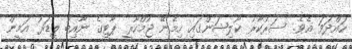
ހައްދަވަ އެވެ. ސަރުކާރު ކޯލިޝަންގައި ހިމެނޭ ޖުމްހޫރީ ޕާޓީގެ ނާއިބު ލީޑަރު އަމީން